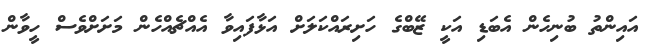
އައިންތު ބުނިހެން އެބަޑި އަކީ ޒޭބްގެ ހަށިރައްކަލަށް އަޅާފައިވާ އެއްޗެއްހެން މަށަށްވެސް ހީވާން